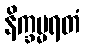
နိက္ခမ္မရတံ